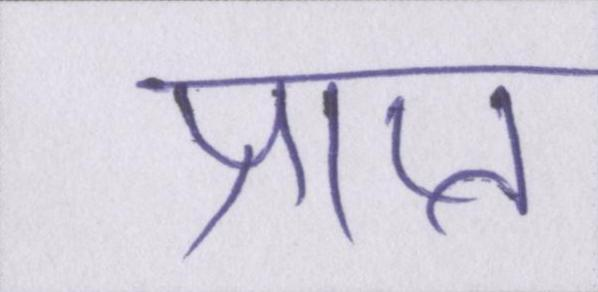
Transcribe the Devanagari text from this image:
प्राप्त